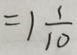
= 1 \frac { 1 } { 1 0 }